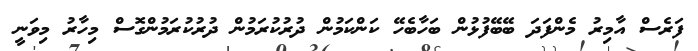
ފަރެސް އާމިރު މެންފަދަ ބޭބޭފުޅުން ބަހާބެހޭ ކަންކަމުން ދުރުކުރަމުން ދުރުކުރަމުންގޮސް މިހާރު މިވަނީ